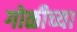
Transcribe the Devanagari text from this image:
गोळीच्या